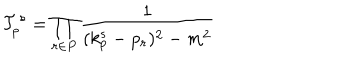
{ \cal T } _ { p } ^ { s } = \prod _ { r \in P } \frac { 1 } { ( k _ { p } ^ { s } - p _ { r } ) ^ { 2 } - m ^ { 2 } }